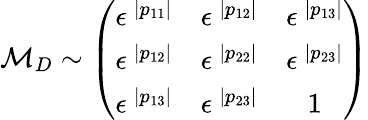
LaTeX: {\cal M}_{D}\sim\left(\begin{array}{ccc}{{\epsilon^{\: |p_{11}|}}}&{{\epsilon^{\: |p_{12}|}}}&{{\epsilon^{\: |p_{13}|}}}\\ {{\epsilon^{\: |p_{12}|}}}&{{\epsilon^{\: |p_{22}|}}}&{{\epsilon^{\: |p_{23}|}}}\\ {{\epsilon^{\: |p_{13}|}}}&{{\epsilon^{\: |p_{23}|}}}&{{1}}\end{array}\right)